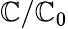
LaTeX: \mathbb{C}/\mathbb{C}_{0}